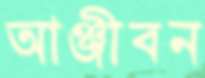
আঞ্জীবন